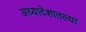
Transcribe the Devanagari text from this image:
अध्यादेशातल्या